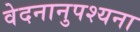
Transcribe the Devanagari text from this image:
वेदनानुपश्यना